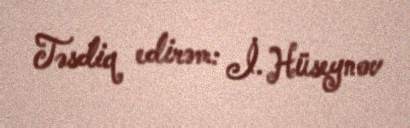
Təsdiq edirəm: İ. Hüseynov